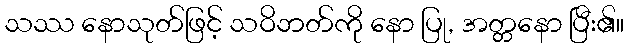
သဿ နောသုတ်ဖြင့် သဝိဘတ်ကို နော ပြု, အတ္တနော ပြီး၏။